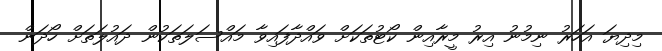
މިދިޔަ އަހަރު ނިމުނު އިރު މީރާއިން ކޯޓުތަކަށް ވައްދާފައިވާ މައްސަލަތަކުން ދައުލަތަށް ހޯދަން